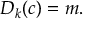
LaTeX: D _ { k } ( c ) = m .